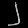
Digit: ၂